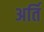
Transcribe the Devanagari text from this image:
अर्ति